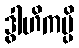
ဒွါဟိကမ္ပိ